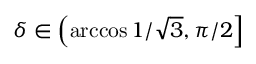
\delta \in \left( \operatorname { a r c c o s } { 1 / \sqrt { 3 } } , \pi / 2 \right]